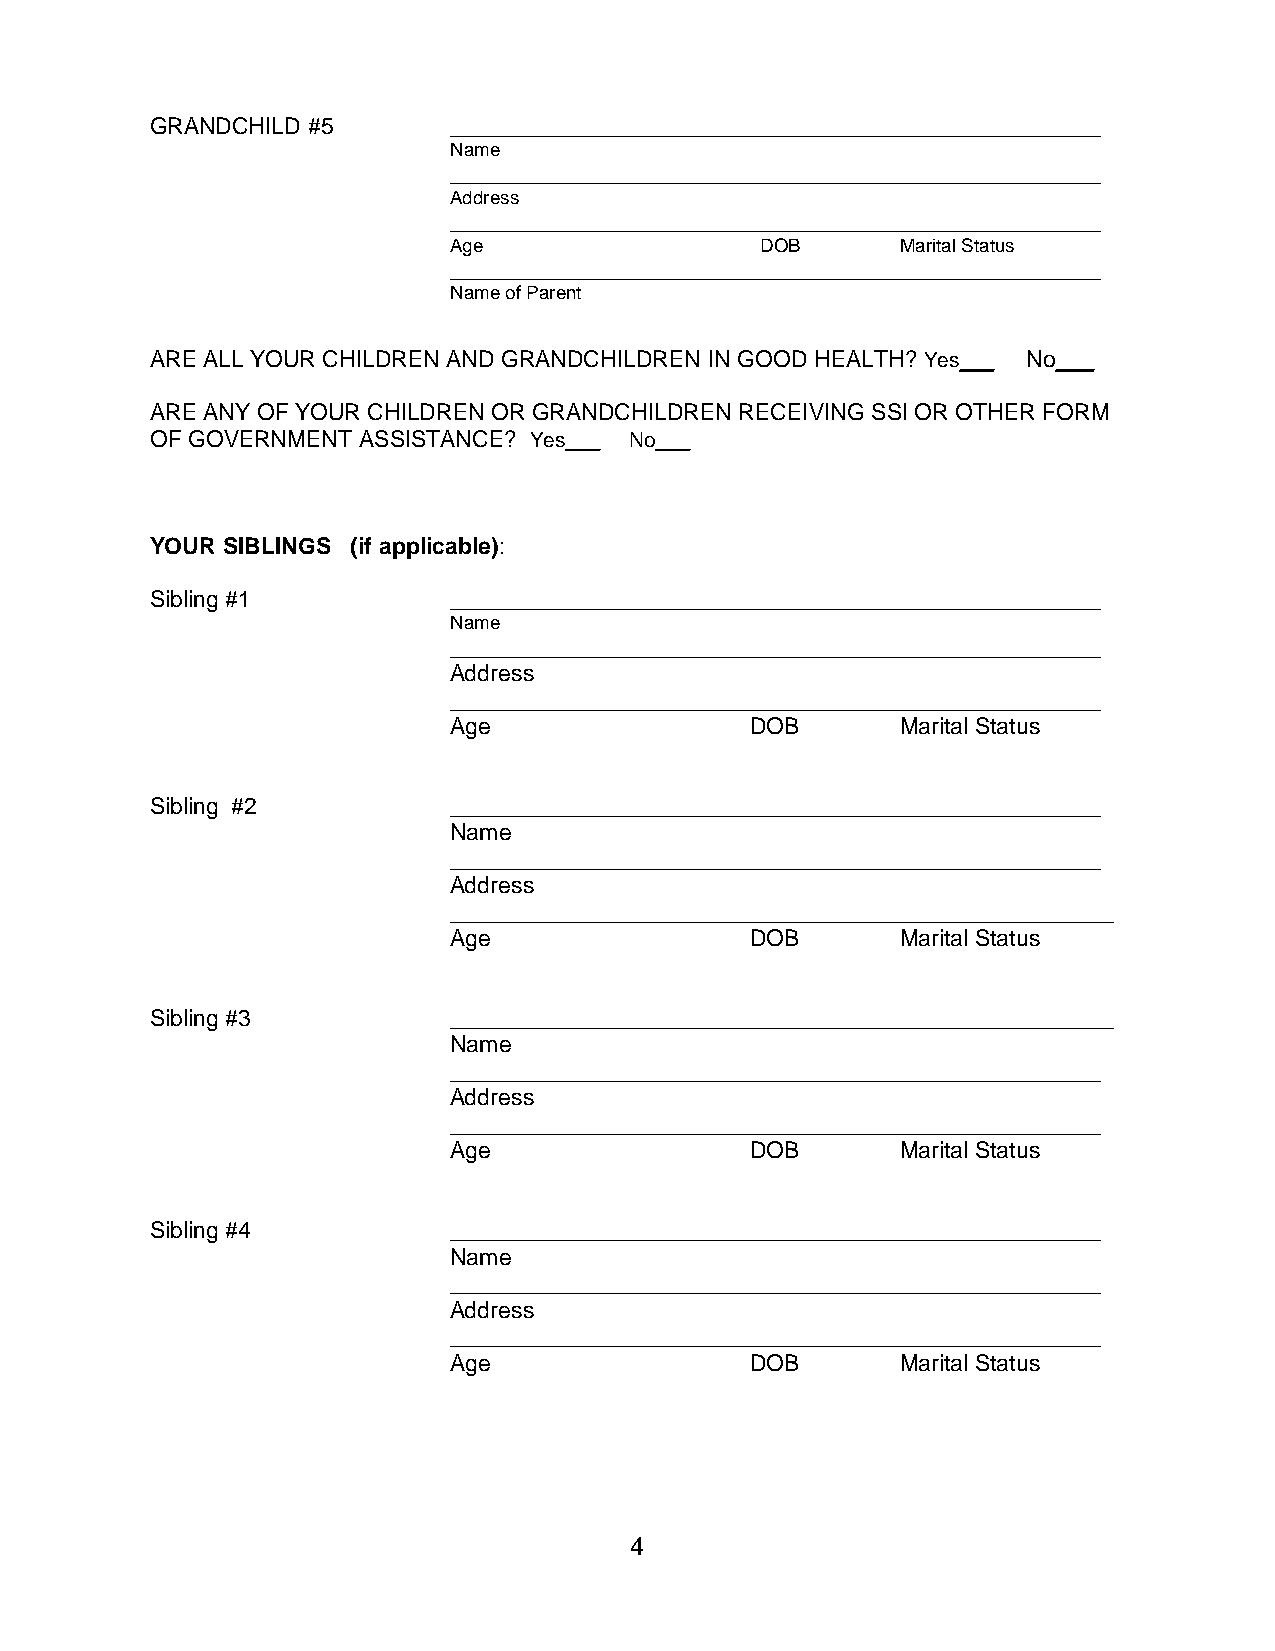
GRANDCHILD #5       ___________________________________________________
 Name
 ___________________________________________________
 Address
 ___________________________________________________
 Age                 DOB       Marital Status
 ___________________________________________________
 Name of Parent
 ARE ALL YOUR CHILDREN AND GRANDCHILDREN IN GOOD HEALTH?Yes___ No___
 ARE ANY OF YOUR CHILDREN OR GRANDCHILDREN RECEIVING SSI OR OTHER FORM
 OF GOVERNMENT ASSISTANCE? Yes___ No___
 YOUR SIBLINGS (if applicable):
 Sibling #1          ___________________________________________________
 Name
 ___________________________________________________
 Address
 ___________________________________________________
 Age                 DOB       Marital Status
 Sibling #2          ___________________________________________________
 Name
 ___________________________________________________
 Address
 ____________________________________________________
 Age                 DOB       Marital Status
 Sibling #3          ____________________________________________________
 Name
 ___________________________________________________
 Address
 ___________________________________________________
 Age                 DOB       Marital Status
 Sibling #4          ___________________________________________________
 Name
 ___________________________________________________
 Address
 ___________________________________________________
 Age                 DOB       Marital Status
 4